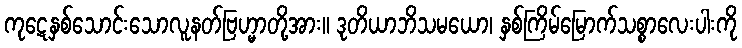
ကုဋေနှစ်သောင်းသောလူနတ်ဗြဟ္မာတို့အား။ ဒုတိယာဘိသမယော၊ နှစ်ကြိမ်မြောက်သစ္စာလေးပါးကို